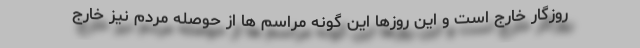
روزگار خارج است و این روزها این گونه مراسم ها از حوصله مردم نیز خارج